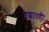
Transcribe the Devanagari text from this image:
तशातही